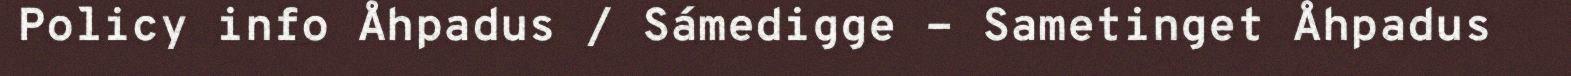
Policy info Åhpadus / Sámedigge - Sametinget Åhpadus